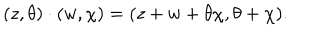
LaTeX: ( z , \theta ) \cdot ( w , \chi ) = ( z + w + \theta \chi , \theta + \chi ) .